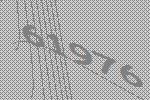
61976